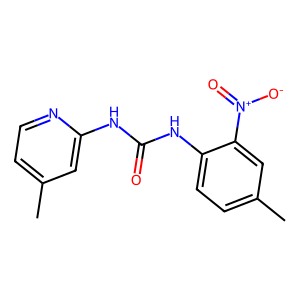
SMILES: Cc1ccnc(NC(=O)Nc2ccc(C)cc2[N+](=O)[O-])c1
Inhibits HIV replication: No